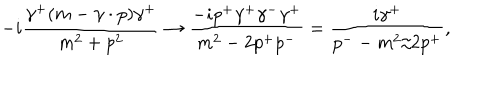
LaTeX: - i { \frac { \gamma ^ { + } ( m - \gamma \cdot p ) \gamma ^ { + } } { m ^ { 2 } + p ^ { 2 } } } \to { \frac { - i p ^ { + } \gamma ^ { + } \gamma ^ { - } \gamma ^ { + } } { m ^ { 2 } - 2 p ^ { + } p ^ { - } } } = { \frac { i \gamma ^ { + } } { p ^ { -- } m ^ { 2 } / 2 p ^ { + } } } ,